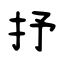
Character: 抒